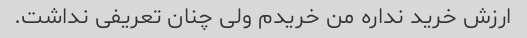
ارزش خرید نداره من خریدم ولی چنان تعریفی نداشت.